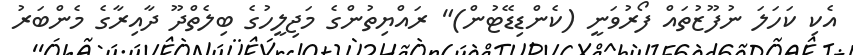
އެކި ކަހަލަ ނުފޫޒުތައް ފޯރުވަނީ (ކެންޑިޑޭޓުން)" ރައްޔިތުންގެ މަޖިލީހުގެ ބިލެތްދޫ ދާއިރާގެ މެންބަރު